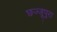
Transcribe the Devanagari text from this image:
छज्जूपुरा